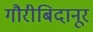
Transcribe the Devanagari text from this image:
गौरीबिदानूर